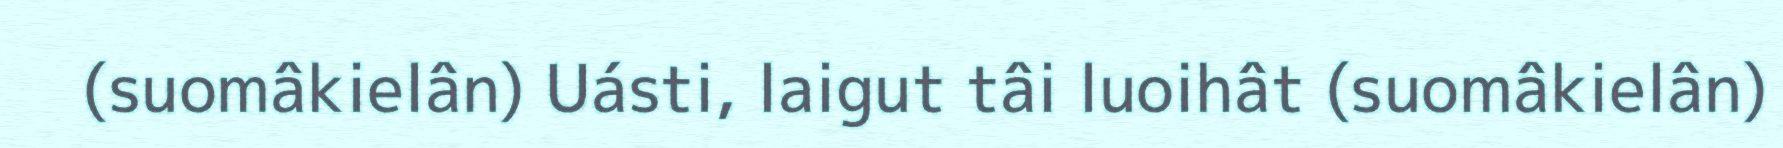
(suomâkielân) Uásti, laigut tâi luoihât (suomâkielân)